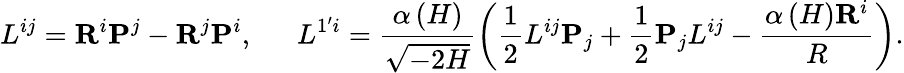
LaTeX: L^{ij}={\mathbf R}^{i}{\mathbf P}^{j}-{\mathbf R}^{j}{\mathbf P}^{i},\, \, \, \quad L^{1^{\prime}i}=\frac{\alpha\left(H\right)}{\sqrt{-2H}}\left(\frac 12L^{ij}{\mathbf P}_{j}+\frac 12{\mathbf P}_{j}L^{ij}-\frac{\alpha\left(H\right){\mathbf R}^{i}}R\right).